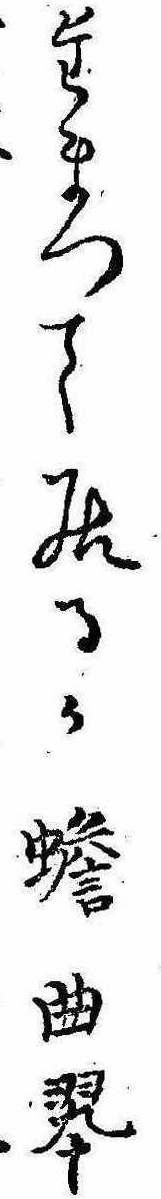
たまつて居るか蟾曲翠